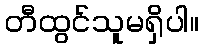
တီထွင်သူမရှိပါ။